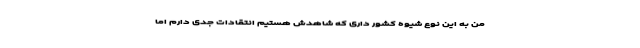
من به این نوع شیوه کشور داری که شاهدش هستیم انتقادات جدی دارم اما